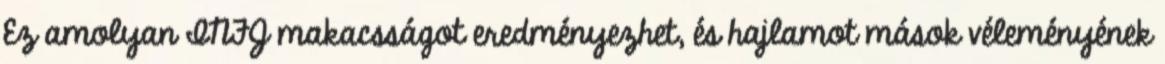
Ez amolyan INFJ makacsságot eredményezhet, és hajlamot mások véleményének